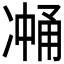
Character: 𰄉